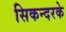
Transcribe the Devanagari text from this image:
सिकन्दरके